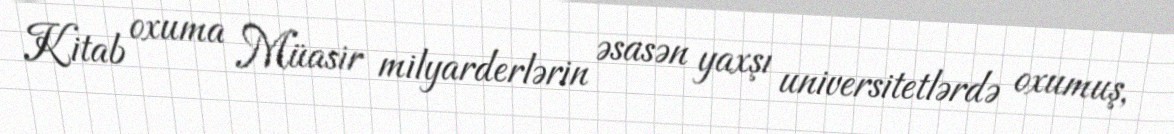
Kitab oxuma Müasir milyarderlərin əsasən yaxşı universitetlərdə oxumuş,